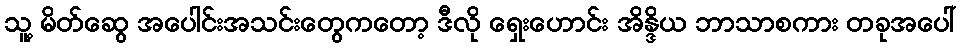
သူ့ မိတ်ဆွေ အပေါင်းအသင်းတွေကတော့ ဒီလို ရှေးဟောင်း အိန္ဒိယ ဘာသာစကား တခုအပေါ်